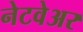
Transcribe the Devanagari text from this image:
नेटवेअर